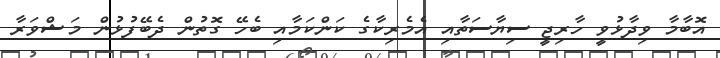
އޮބާމާ ވިދާޅުވީ ހާރިޖީ ސިޔާސަތާއި އެމެރިކާގެ ކަންކަމާއި ބެހޭ ގޮތުން ދެބޭފުޅުން މަޝްވަރާ